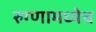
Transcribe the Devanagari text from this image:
रुग्णामध्येच